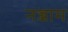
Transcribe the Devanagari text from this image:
नज्जाम